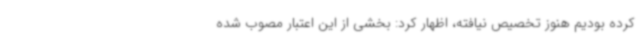
کرده بودیم هنوز تخصیص نیافته، اظهار کرد: بخشی از این اعتبار مصوب شده